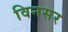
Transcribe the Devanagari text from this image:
विनसर